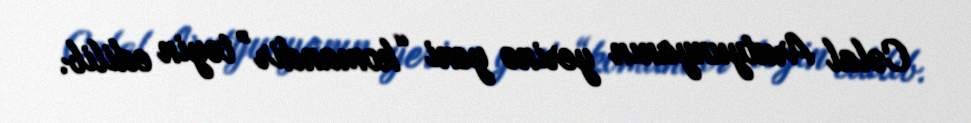
Cəlal Arutyunyanın yerinə yeni “komandir” təyin edilib.